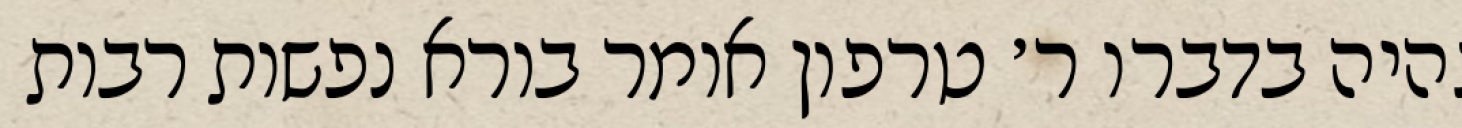
נהיה בדברו ר׳ טרפון אומר בורא נפשות רבות